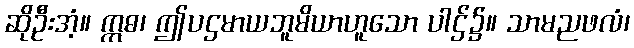
ဆိုဦးအံ့။ ဣဓ၊ ဤပဌမာယဘူမိယာဟူသော ပါဌ်၌။ သာမညဖလံ၊